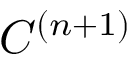
C ^ { ( n + 1 ) }